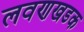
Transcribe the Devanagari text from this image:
लवणखडक